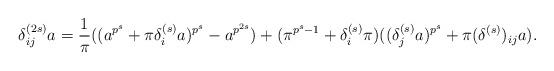
LaTeX: \begin{align*}\delta_{ij}^{(2s)}a = \frac{1}{\pi} ((a^{p^s}+\pi\delta^{(s)}_{i}a)^{p^s}-a^{p^{2s}})+(\pi^{p^s-1}+ \delta^{(s)}_{i}\pi)((\delta^{(s)}_{j}a)^{p^s}+\pi (\delta^{(s)})_{ij}a).\end{align*}